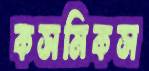
কসমিকস